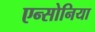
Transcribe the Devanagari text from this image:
एन्सोनिया